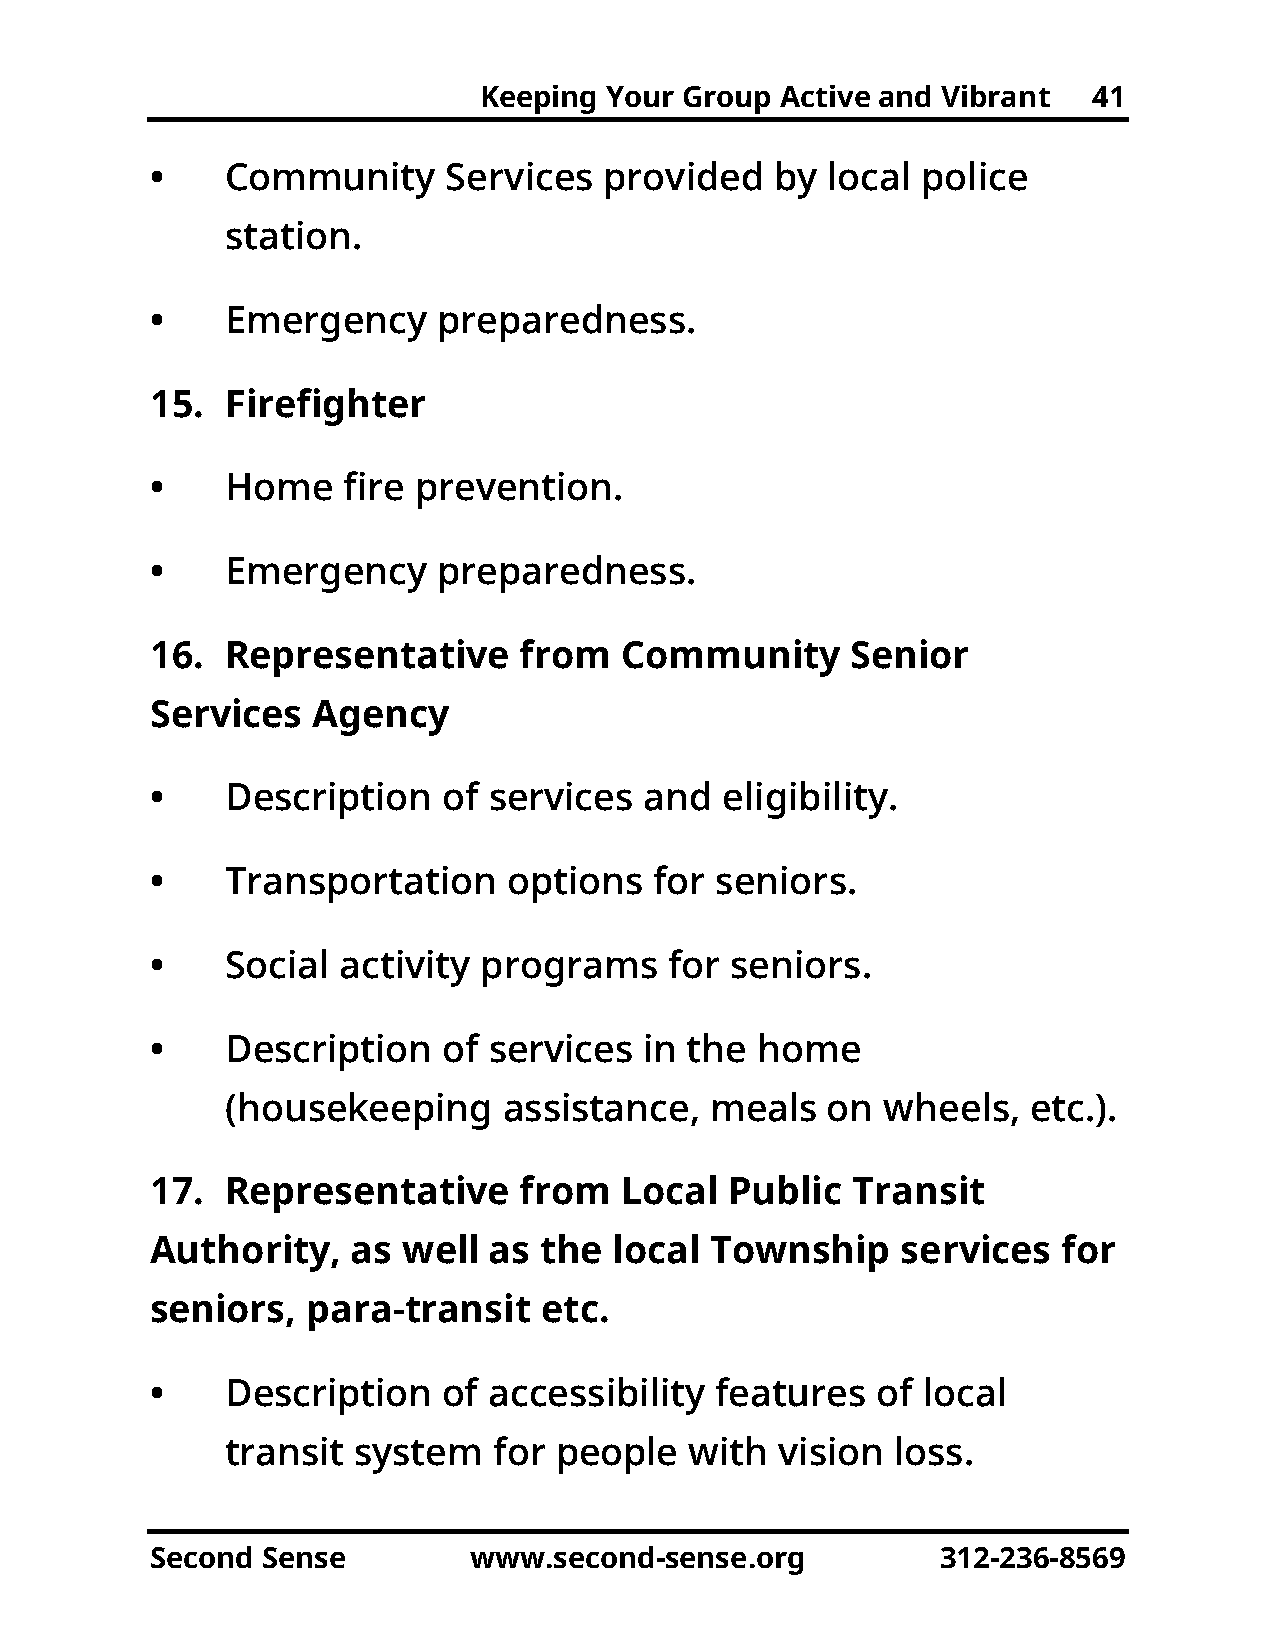
Keeping Your Group  Active and Vibrant  41
 •    Community      Services  provided   by  local police
 station.
 •    Emergency     preparedness.
 15.  Firefighter
 •    Home    fire prevention.
 •    Emergency     preparedness.
 16.  Representative     from   Community      Senior
 Services   Agency
 •    Description   of services   and  eligibility.
 •    Transportation     options  for seniors.
 •    Social activity  programs    for seniors.
 •    Description   of services   in the home
 (housekeeping     assistance,   meals   on  wheels,  etc.).
 17.  Representative     from   Local  Public  Transit
 Authority,   as  well as  the  local Township     services  for
 seniors,  para-transit    etc.
 •    Description   of accessibility  features   of local
 transit system    for people   with  vision loss.
 Second Sense         www.second-sense.org           312-236-8569